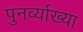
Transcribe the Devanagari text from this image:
पुनर्व्‍याख्‍या